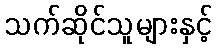
သက်ဆိုင်သူများနှင့်